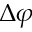
\Delta \varphi